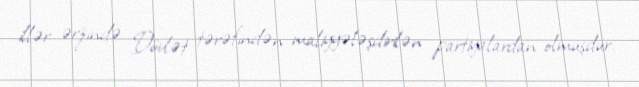
illər ərzində Dövlət tərəfindən maliyyələşdirilən partiyalardan olmuşdur.